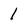
Character: I